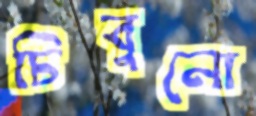
চিবুনো